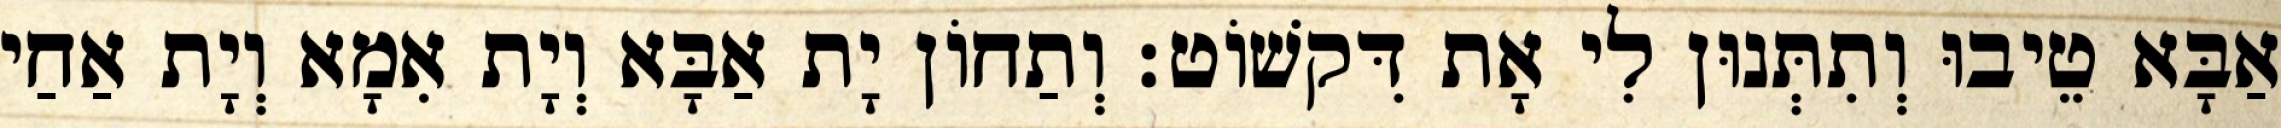
אַבָּא טֵיבוּ וְתִתְּנוּן לִי אָת דִּקשׁוֹט׃ וְתַחוֹן יָת אַבָּא וְיָת אִמָא וְיָת אַחַי